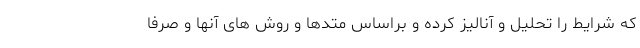
که شرایط را تحلیل و آنالیز کرده و براساس متدها و روش های آنها و صرفا